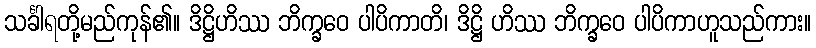
သင်္ခါရတို့မည်ကုန်၏။ ဒိဋ္ဌိဟိဿ ဘိက္ခဝေ ပါပိကာတိ၊ ဒိဋ္ဌိ ဟိဿ ဘိက္ခဝေ ပါပိကာဟူသည်ကား။